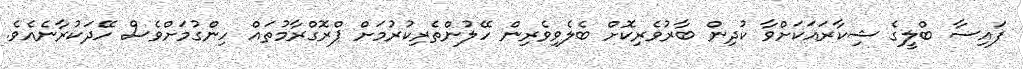
ފައިސާ ބްލީގެ ޝިކާރައަކަށްވާ ކުދިން ބާރުވެރިކޮށް ބެލެވިވެރިން ހޭލުންތެރިކުރުމަށް ޕްރޮގްރާމުތައް ހިންގުމަށްވެސް ހޭދަކުރާނެއެވެ.